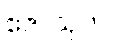
ဧဇာသုတ်။